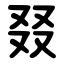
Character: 叕